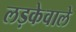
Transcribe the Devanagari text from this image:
लड़केवाले